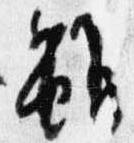
雖